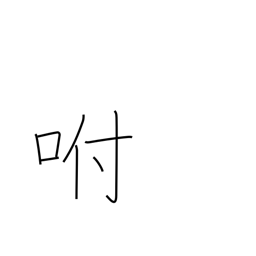
Meaning: blow